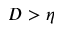
D > \eta